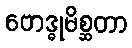
ဗောဒ္ဓုမိစ္ဆတာ